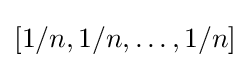
\left[1/n,1/n,\ldots ,1/n\right]